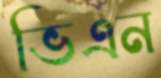
ভিএন